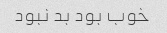
خوب بود بد نبود